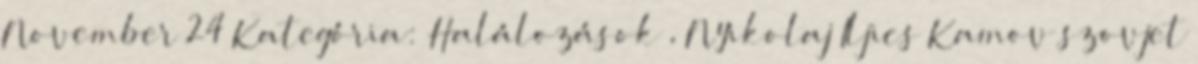
November 24 Kategória: Halálozások , Nyikolaj Iljics Kamov szovjet